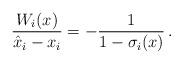
LaTeX: \begin{align*} \frac{W_i(x)}{\hat{x}_i - x_i} = - \frac{1}{1 - \sigma_i(x)} \, .\end{align*}